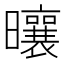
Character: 𪱒